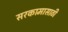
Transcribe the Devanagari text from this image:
सरकामासाठी